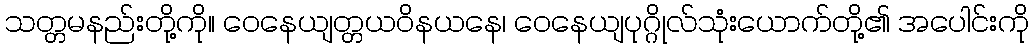
သတ္တမနည်းတို့ကို။ ဝေနေယျတ္တယဝိနယနေ၊ ဝေနေယျပုဂ္ဂိုလ်သုံးယောက်တို့၏ အပေါင်းကို